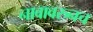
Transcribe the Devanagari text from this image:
नावावरुनच